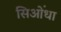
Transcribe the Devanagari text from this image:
सिओंधा